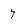
Character: 7